65_HS1-834228961_62-HQ-83894_Section_1
Agency: FBI
Page 29
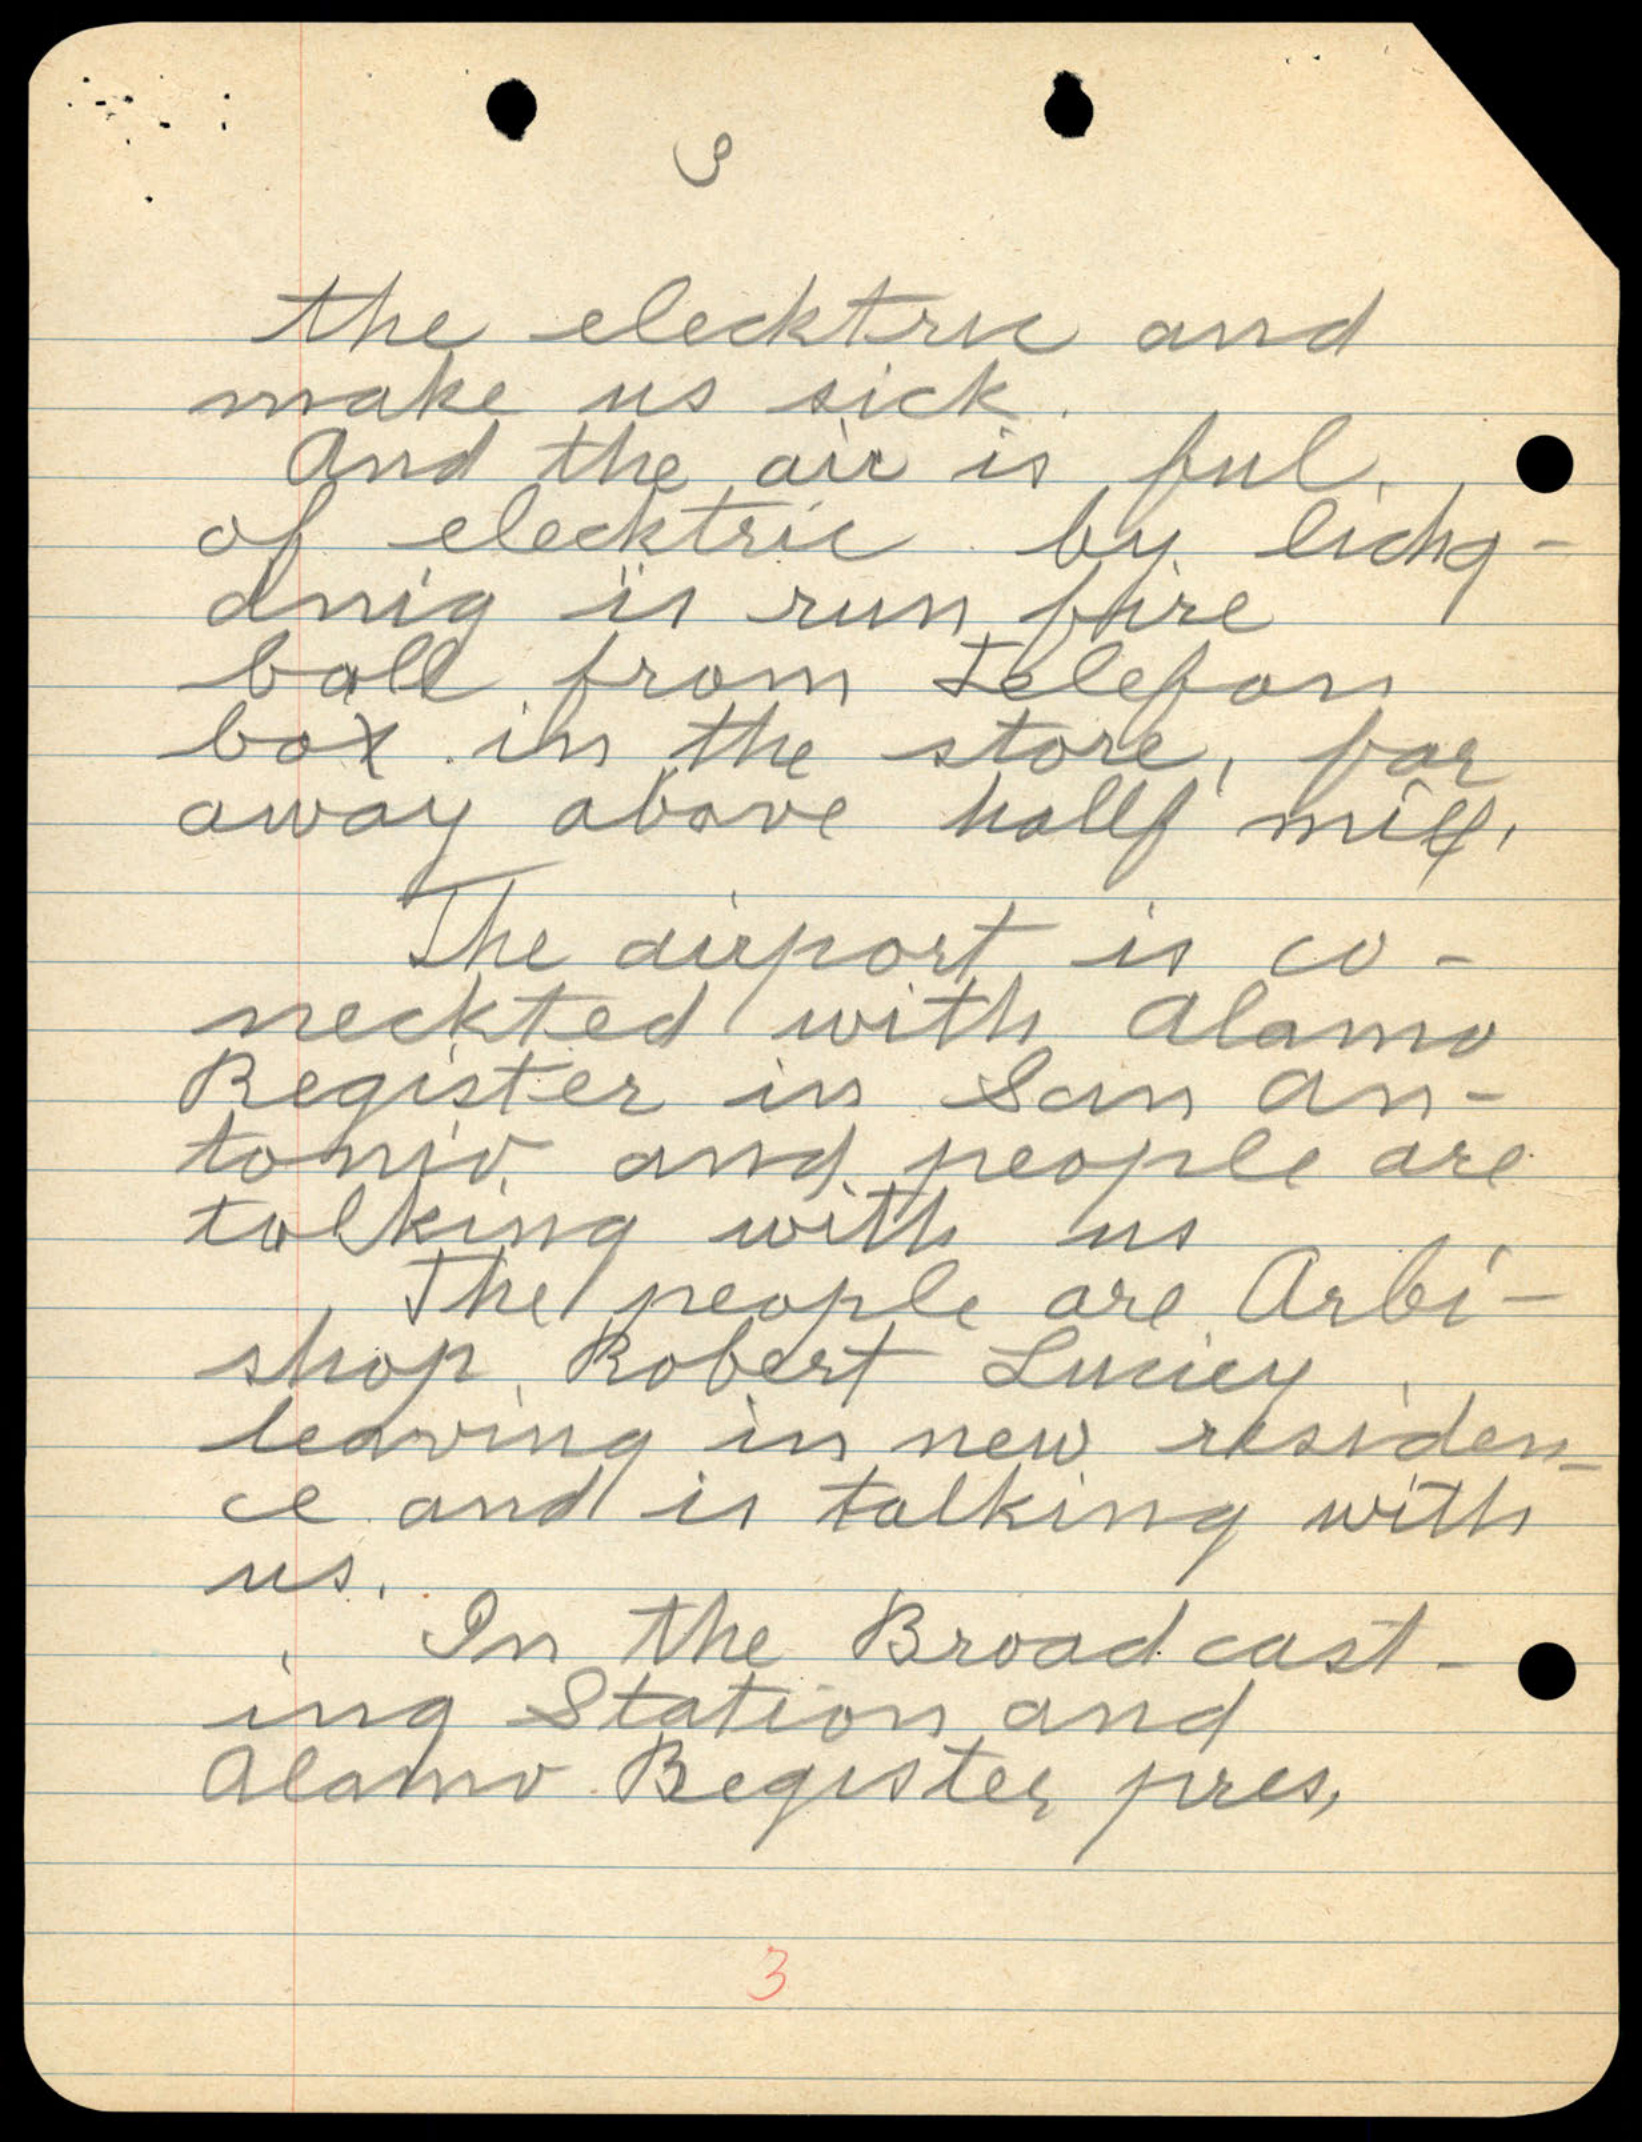